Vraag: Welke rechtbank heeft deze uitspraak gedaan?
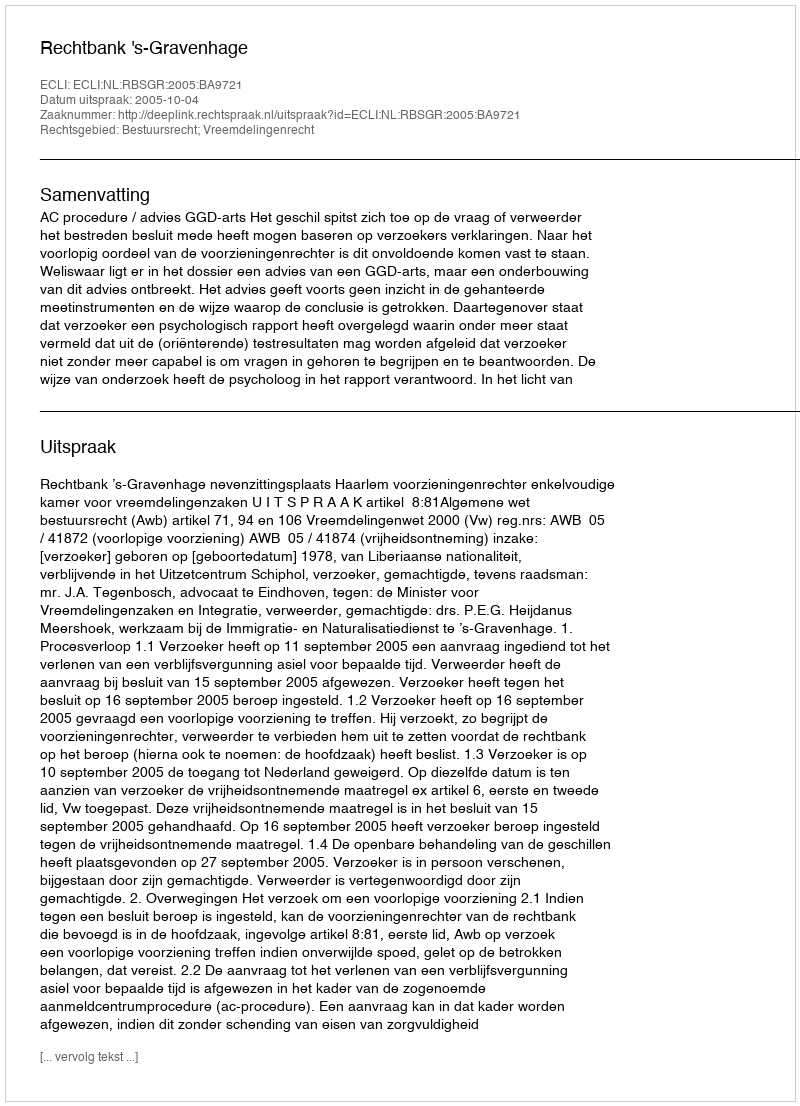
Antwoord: Rechtbank 's-Gravenhage